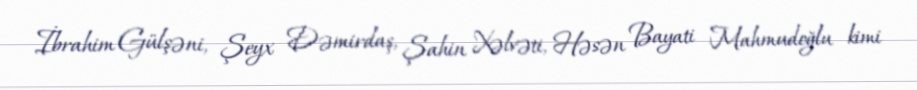
İbrahim Gülşəni, Şeyx Dəmirdaş, Şahin Xəlvəti, Həsən Bayati Mahmudoğlu kimi